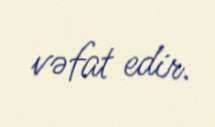
vəfat edir.